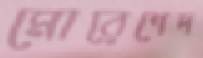
মোরেশেদ